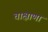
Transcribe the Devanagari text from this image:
चाक्षाणां